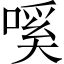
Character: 嗘